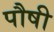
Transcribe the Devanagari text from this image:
पौषी